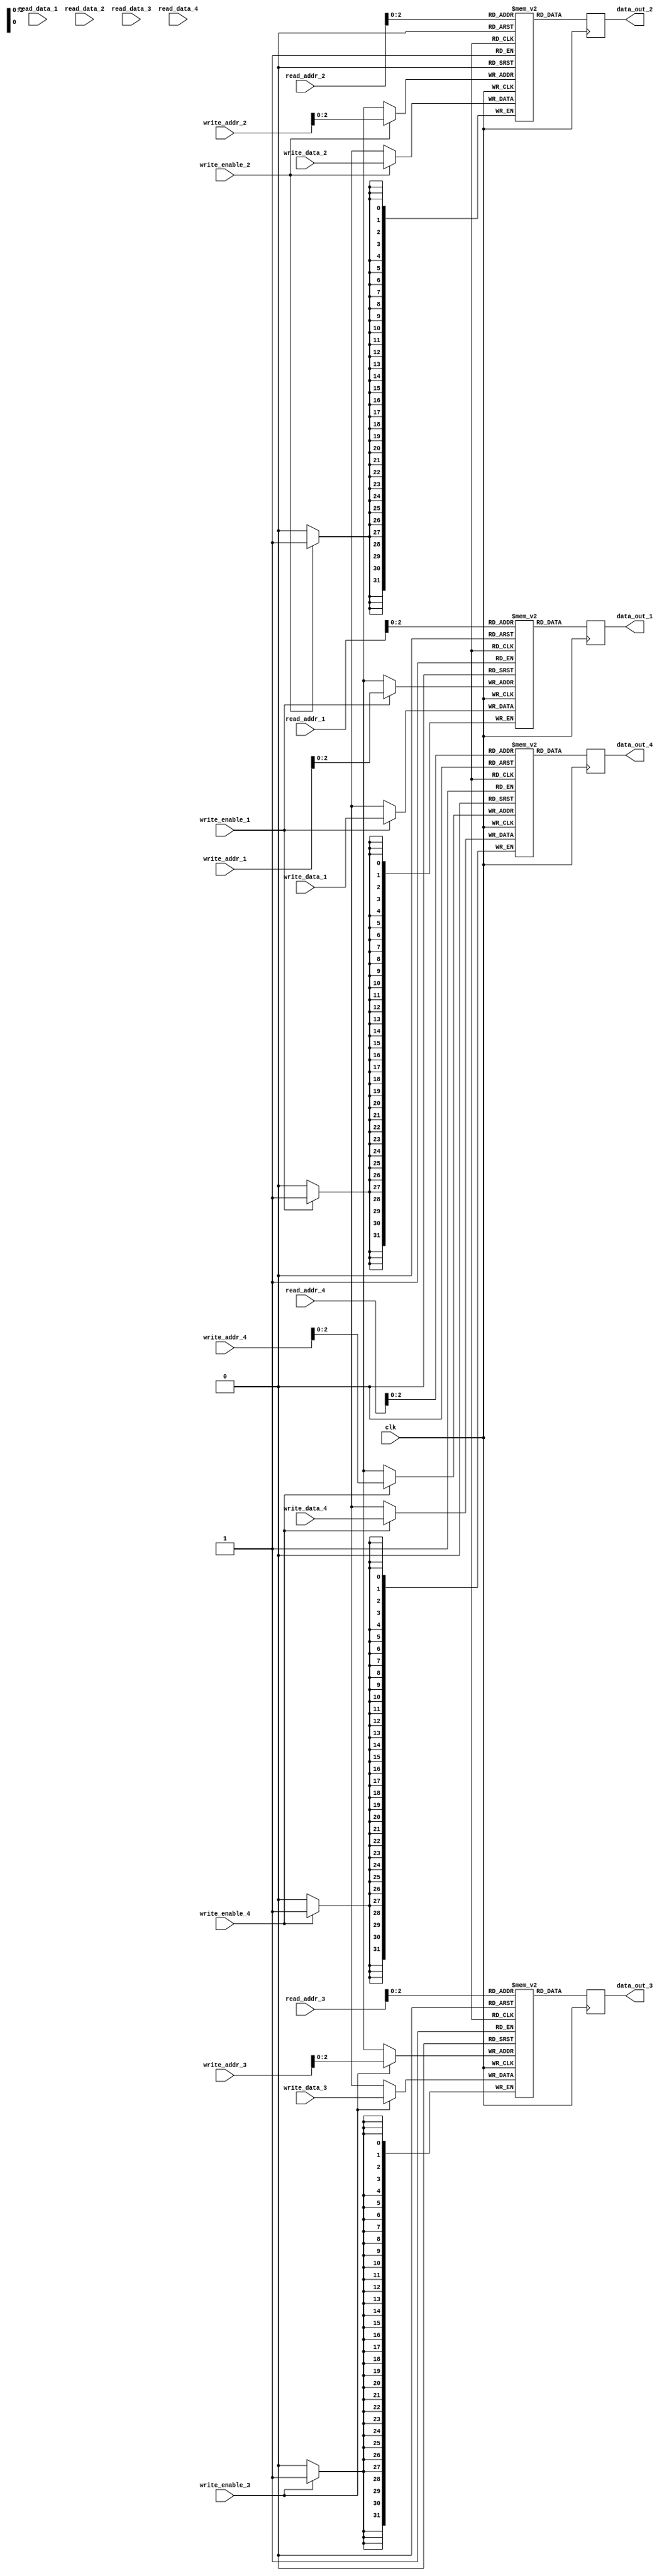
module quad_port_register_file (
    input wire clk,
    input wire [31:0] read_data_1,
    input wire [31:0] read_data_2,
    input wire [31:0] read_data_3,
    input wire [31:0] read_data_4,
    input wire [31:0] write_data_1,
    input wire [31:0] write_data_2,
    input wire [31:0] write_data_3,
    input wire [31:0] write_data_4,
    input wire [3:0] read_addr_1,
    input wire [3:0] read_addr_2,
    input wire [3:0] read_addr_3,
    input wire [3:0] read_addr_4,
    input wire [3:0] write_addr_1,
    input wire [3:0] write_addr_2,
    input wire [3:0] write_addr_3,
    input wire [3:0] write_addr_4,
    input wire write_enable_1,
    input wire write_enable_2,
    input wire write_enable_3,
    input wire write_enable_4,
    output reg [31:0] data_out_1,
    output reg [31:0] data_out_2,
    output reg [31:0] data_out_3,
    output reg [31:0] data_out_4
);

reg [31:0] memory_block_1 [7:0];
reg [31:0] memory_block_2 [7:0];
reg [31:0] memory_block_3 [7:0];
reg [31:0] memory_block_4 [7:0];

always@(posedge clk) begin
    if(write_enable_1)
        memory_block_1[write_addr_1] <= write_data_1;
    if(write_enable_2)
        memory_block_2[write_addr_2] <= write_data_2;
    if(write_enable_3)
        memory_block_3[write_addr_3] <= write_data_3;
    if(write_enable_4)
        memory_block_4[write_addr_4] <= write_data_4;
    
    data_out_1 <= memory_block_1[read_addr_1];
    data_out_2 <= memory_block_2[read_addr_2];
    data_out_3 <= memory_block_3[read_addr_3];
    data_out_4 <= memory_block_4[read_addr_4];
    
end

endmodule